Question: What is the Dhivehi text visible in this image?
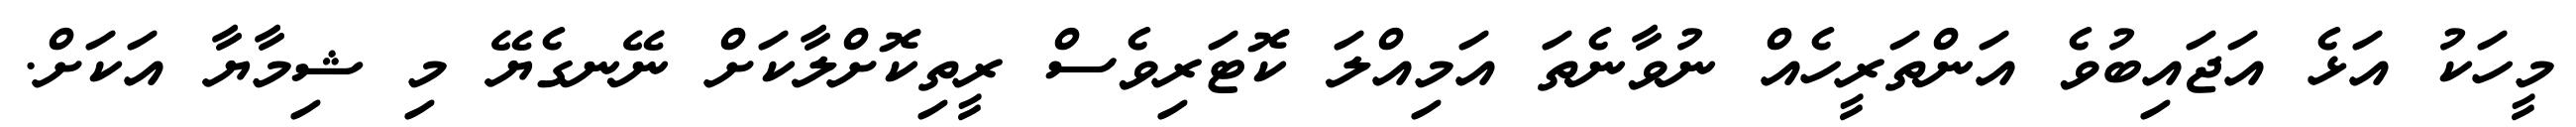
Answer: މީހަކު އަޅެ އަޖައިބުވެ އަންތަރީހެއް ނުވާނެތަ އަމިއްލަ ކޮޓަރިވެސް ރީތިކޮށްލާކަށް ނޭނގެޔޭ މި ޝިމާޔާ އަކަށް.